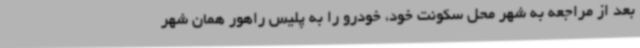
بعد از مراجعه به شهر محل سکونت خود، خودرو را به پلیس راهور همان شهر